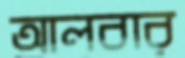
আলবার